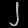
Digit: ၂